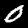
Digit: 0